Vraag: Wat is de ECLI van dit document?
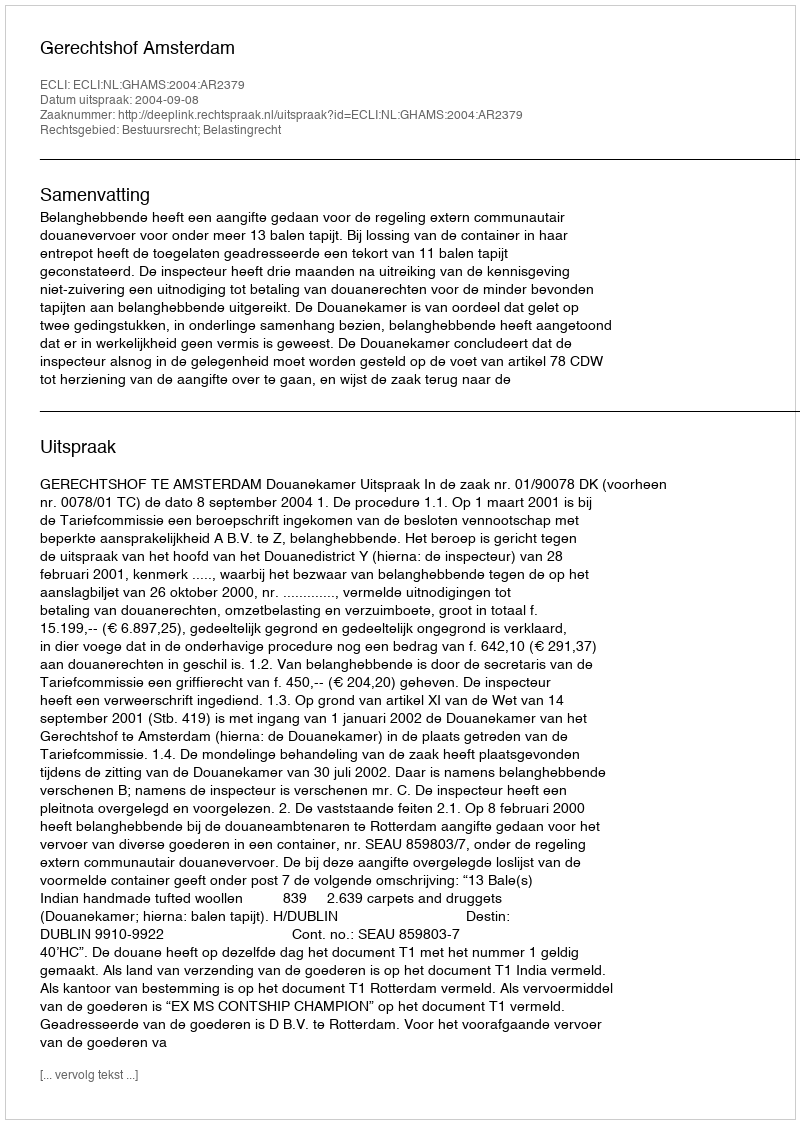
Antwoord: ECLI:NL:GHAMS:2004:AR2379